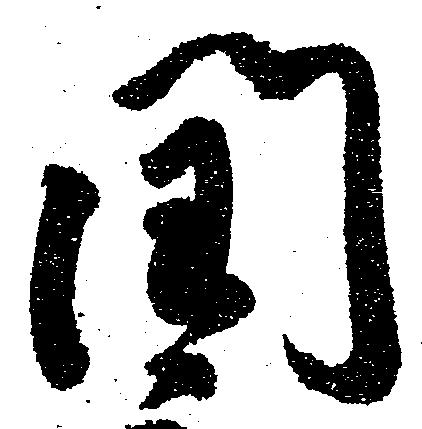
閏